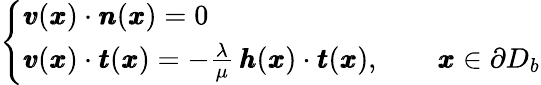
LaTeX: \left\{ \begin{array}{ll}{{\pmb v}({\pmb x})\cdot{\pmb n}({\pmb x})=0}\\ {{\pmb v}({\pmb x})\cdot{\pmb t}({\pmb x})=-\frac{\lambda}{\mu}\, {\pmb h}({\pmb x})\cdot{\pmb t}({\pmb x}),\qquad{\pmb x}\in\partial D_{b}}\end{array}\right.